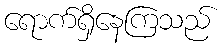
ရောက်ရှိနေကြသည်